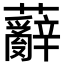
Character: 𮓑